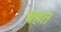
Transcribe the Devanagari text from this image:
चहत